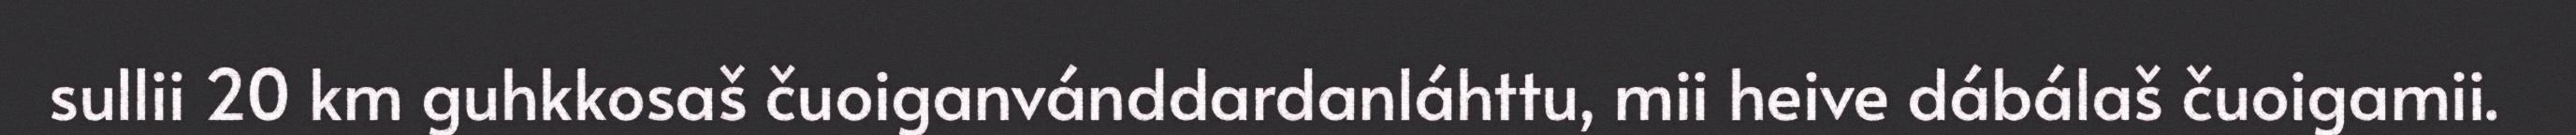
sullii 20 km guhkkosaš čuoiganvánddardanláhttu, mii heive dábálaš čuoigamii.